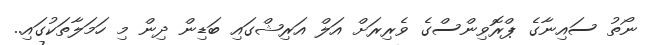
ނޯތު ސައިނާގެ ޕްރޮވިންސްގެ ވެރިރަށް އަލް އަރިޝްގައި ބަޑިން ދިން މި ހަމަލާތަކުގައި..